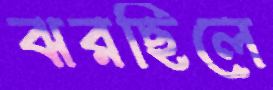
ঝরছিলে